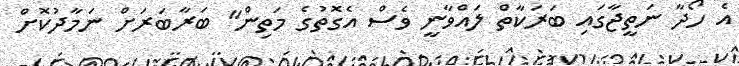
އެ ހޯދާ ނަތީޖާގައި ބަރަކާތް ލައްވާނީ ވެސް އެގޮތުގެ މަތިން" ބަރާބަރަށް ނަމާދުކޮށް